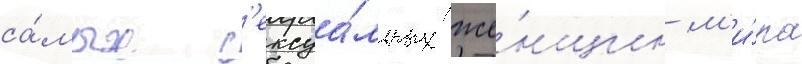
са́мых с'ексуа́льных же́нщин м'и́ра